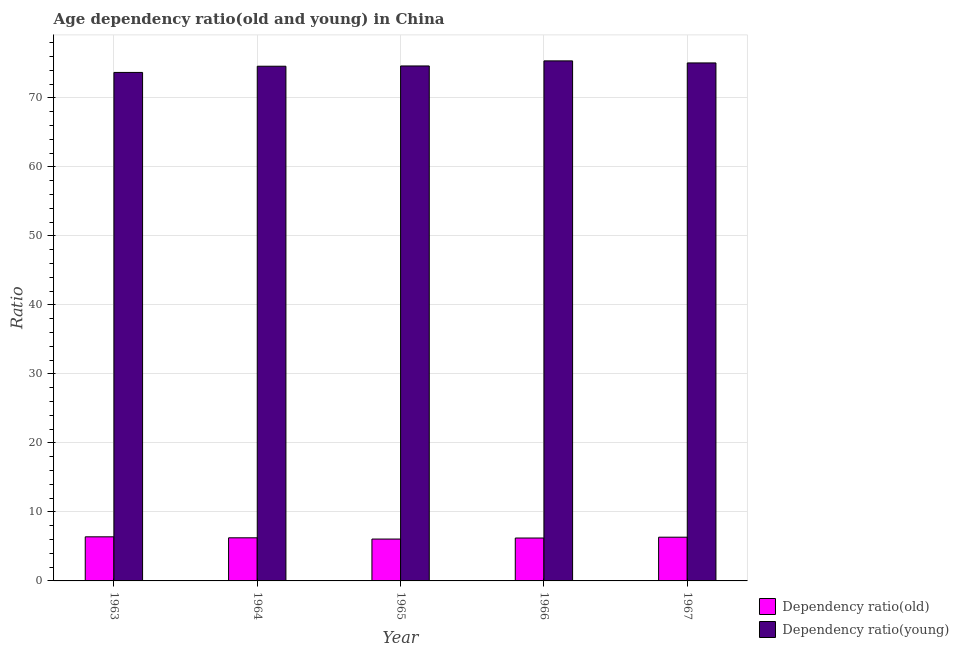
| Year | Dependency ratio(old) | Dependency ratio(young) |
 | --- | --- | --- |
 | 1963 | 6.39 | 73.7 |
 | 1964 | 6.25 | 74.6 |
 | 1965 | 6.07 | 74.6 |
 | 1966 | 6.21 | 75.4 |
 | 1967 | 6.34 | 75.1 |